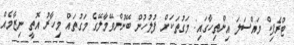
ޓްރެފިކް މައްސަލަ އިންތިހާގައި: މަގުތަކަށް ފުލުހުން ބޭނުންވޭމާލޭގެ މަގުތައް މިހާރު އޮތީ ނިޒާމެއް